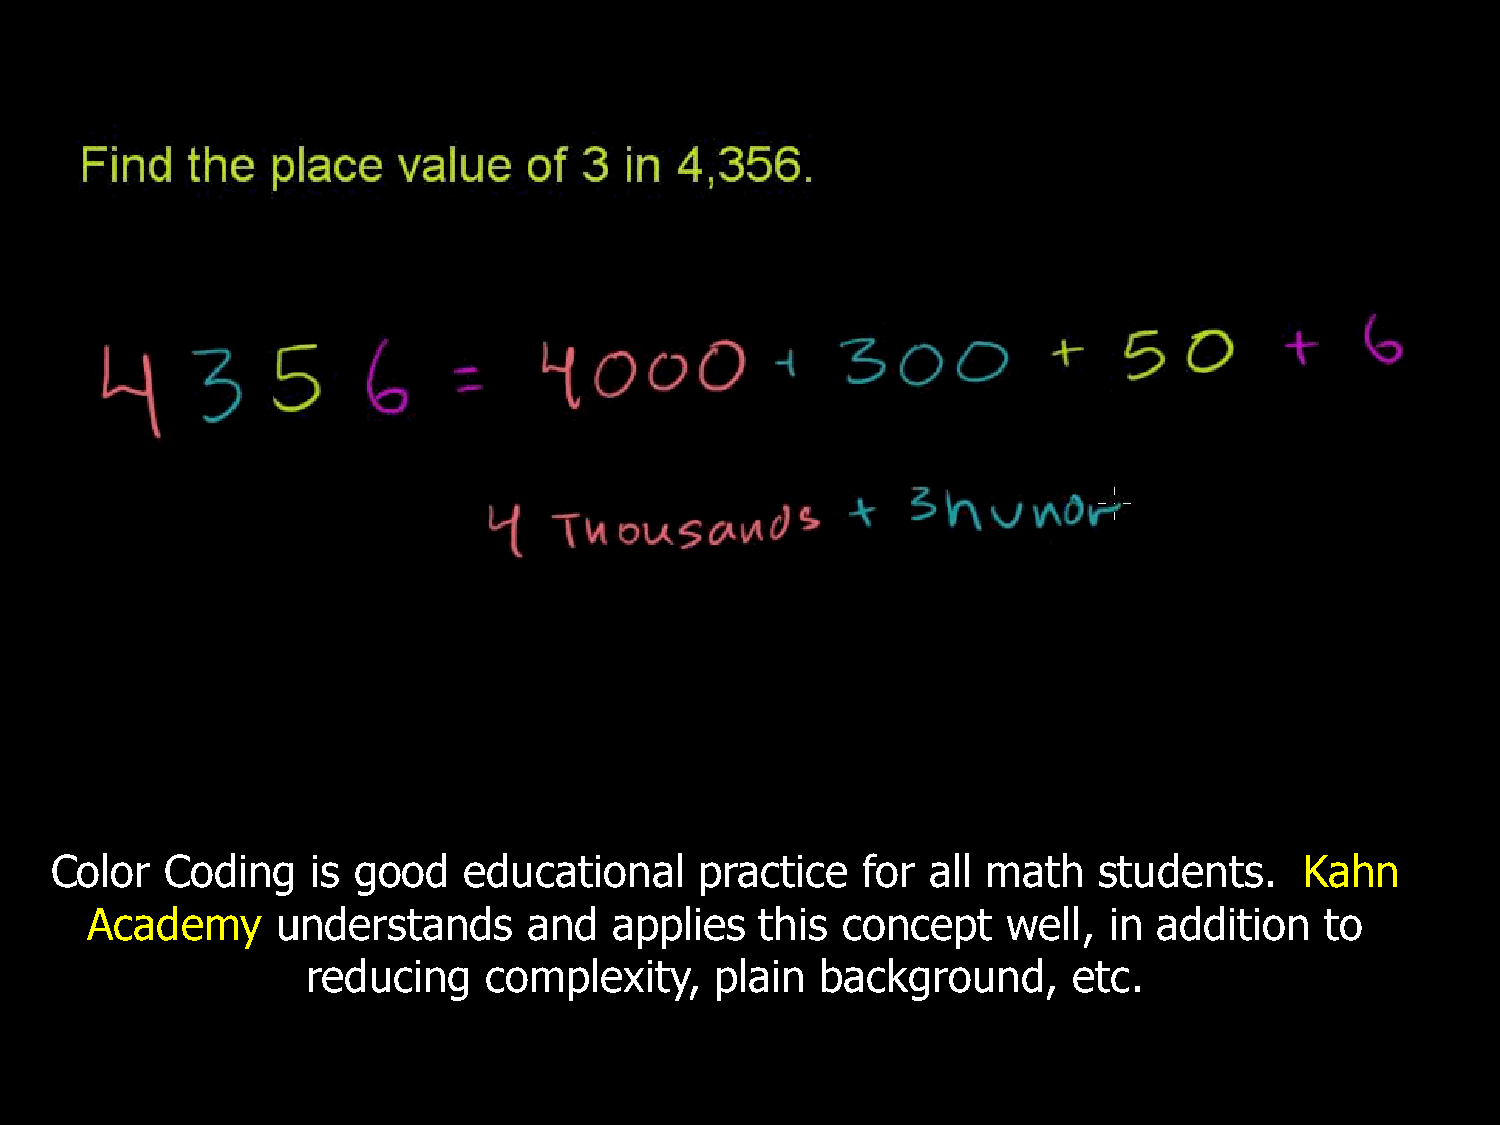
Color   Coding    is good   educational    practice   for  all math   students.    Kahn
 Academy     understands      and   applies  this  concept    well, in  addition   to
 reducing    complexity,    plain  background,      etc.